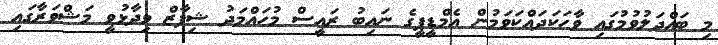
މި ބައްދަލުވުމުގައި ވާހަކަދައްކަވަމުން އެމްޑީޕީގެ ނައިބު ރައީސް މުހައްމަދު ޝިފާޒް ވިދާޅުވީ މަޝްވަރާގައި